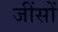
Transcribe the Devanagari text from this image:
जींसों